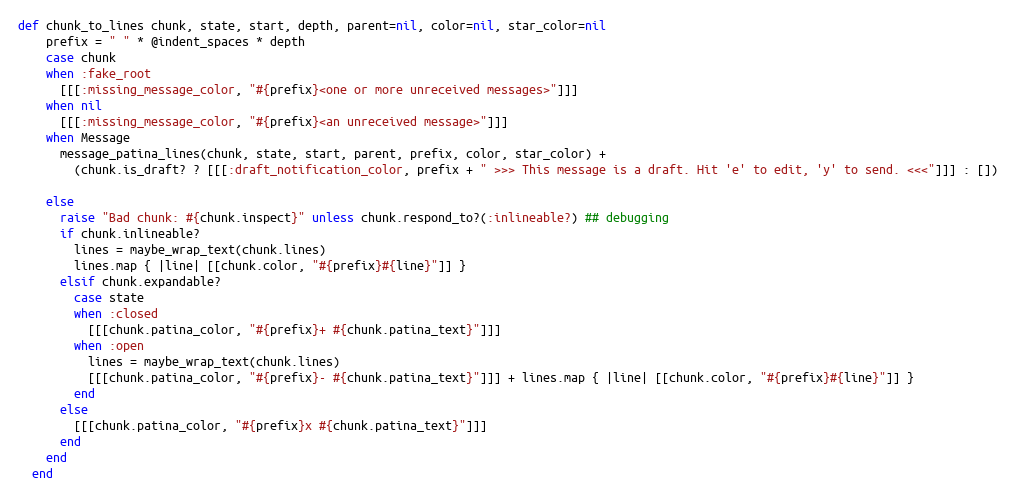
Language: Ruby
def chunk_to_lines chunk, state, start, depth, parent=nil, color=nil, star_color=nil
    prefix = " " * @indent_spaces * depth
    case chunk
    when :fake_root
      [[[:missing_message_color, "#{prefix}<one or more unreceived messages>"]]]
    when nil
      [[[:missing_message_color, "#{prefix}<an unreceived message>"]]]
    when Message
      message_patina_lines(chunk, state, start, parent, prefix, color, star_color) +
        (chunk.is_draft? ? [[[:draft_notification_color, prefix + " >>> This message is a draft. Hit 'e' to edit, 'y' to send. <<<"]]] : [])

    else
      raise "Bad chunk: #{chunk.inspect}" unless chunk.respond_to?(:inlineable?) ## debugging
      if chunk.inlineable?
        lines = maybe_wrap_text(chunk.lines)
        lines.map { |line| [[chunk.color, "#{prefix}#{line}"]] }
      elsif chunk.expandable?
        case state
        when :closed
          [[[chunk.patina_color, "#{prefix}+ #{chunk.patina_text}"]]]
        when :open
          lines = maybe_wrap_text(chunk.lines)
          [[[chunk.patina_color, "#{prefix}- #{chunk.patina_text}"]]] + lines.map { |line| [[chunk.color, "#{prefix}#{line}"]] }
        end
      else
        [[[chunk.patina_color, "#{prefix}x #{chunk.patina_text}"]]]
      end
    end
  end